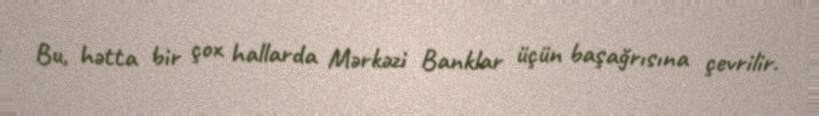
Bu, hətta bir çox hallarda Mərkəzi Banklar üçün başağrısına çevrilir.